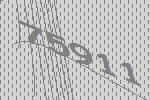
75911